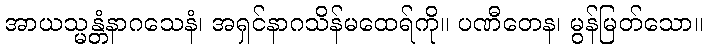
အာယသ္မန္တံနာဂသေနံ၊ အရှင်နာဂသိန်မထေရ်ကို။ ပဏီတေန၊ မွန်မြတ်သော။